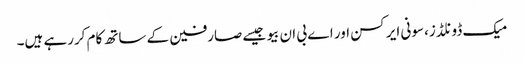
میک ڈونلڈز، سونی ایرکسن اور اے بی ان بیو جیسے صارفین کے ساتھ کام کررہے ہیں۔